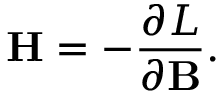
\mathbf { H } = - \frac { \partial L } { \partial \mathbf { B } } .